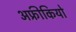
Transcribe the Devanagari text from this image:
अफ्रीकियो